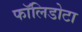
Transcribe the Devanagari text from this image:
फॉलिडोटा